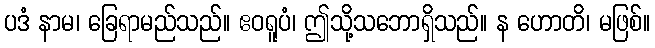
ပဒံ နာမ၊ ခြေရာမည်သည်။ ဧဝရူပံ၊ ဤသို့သဘောရှိသည်။ န ဟောတိ၊ မဖြစ်။